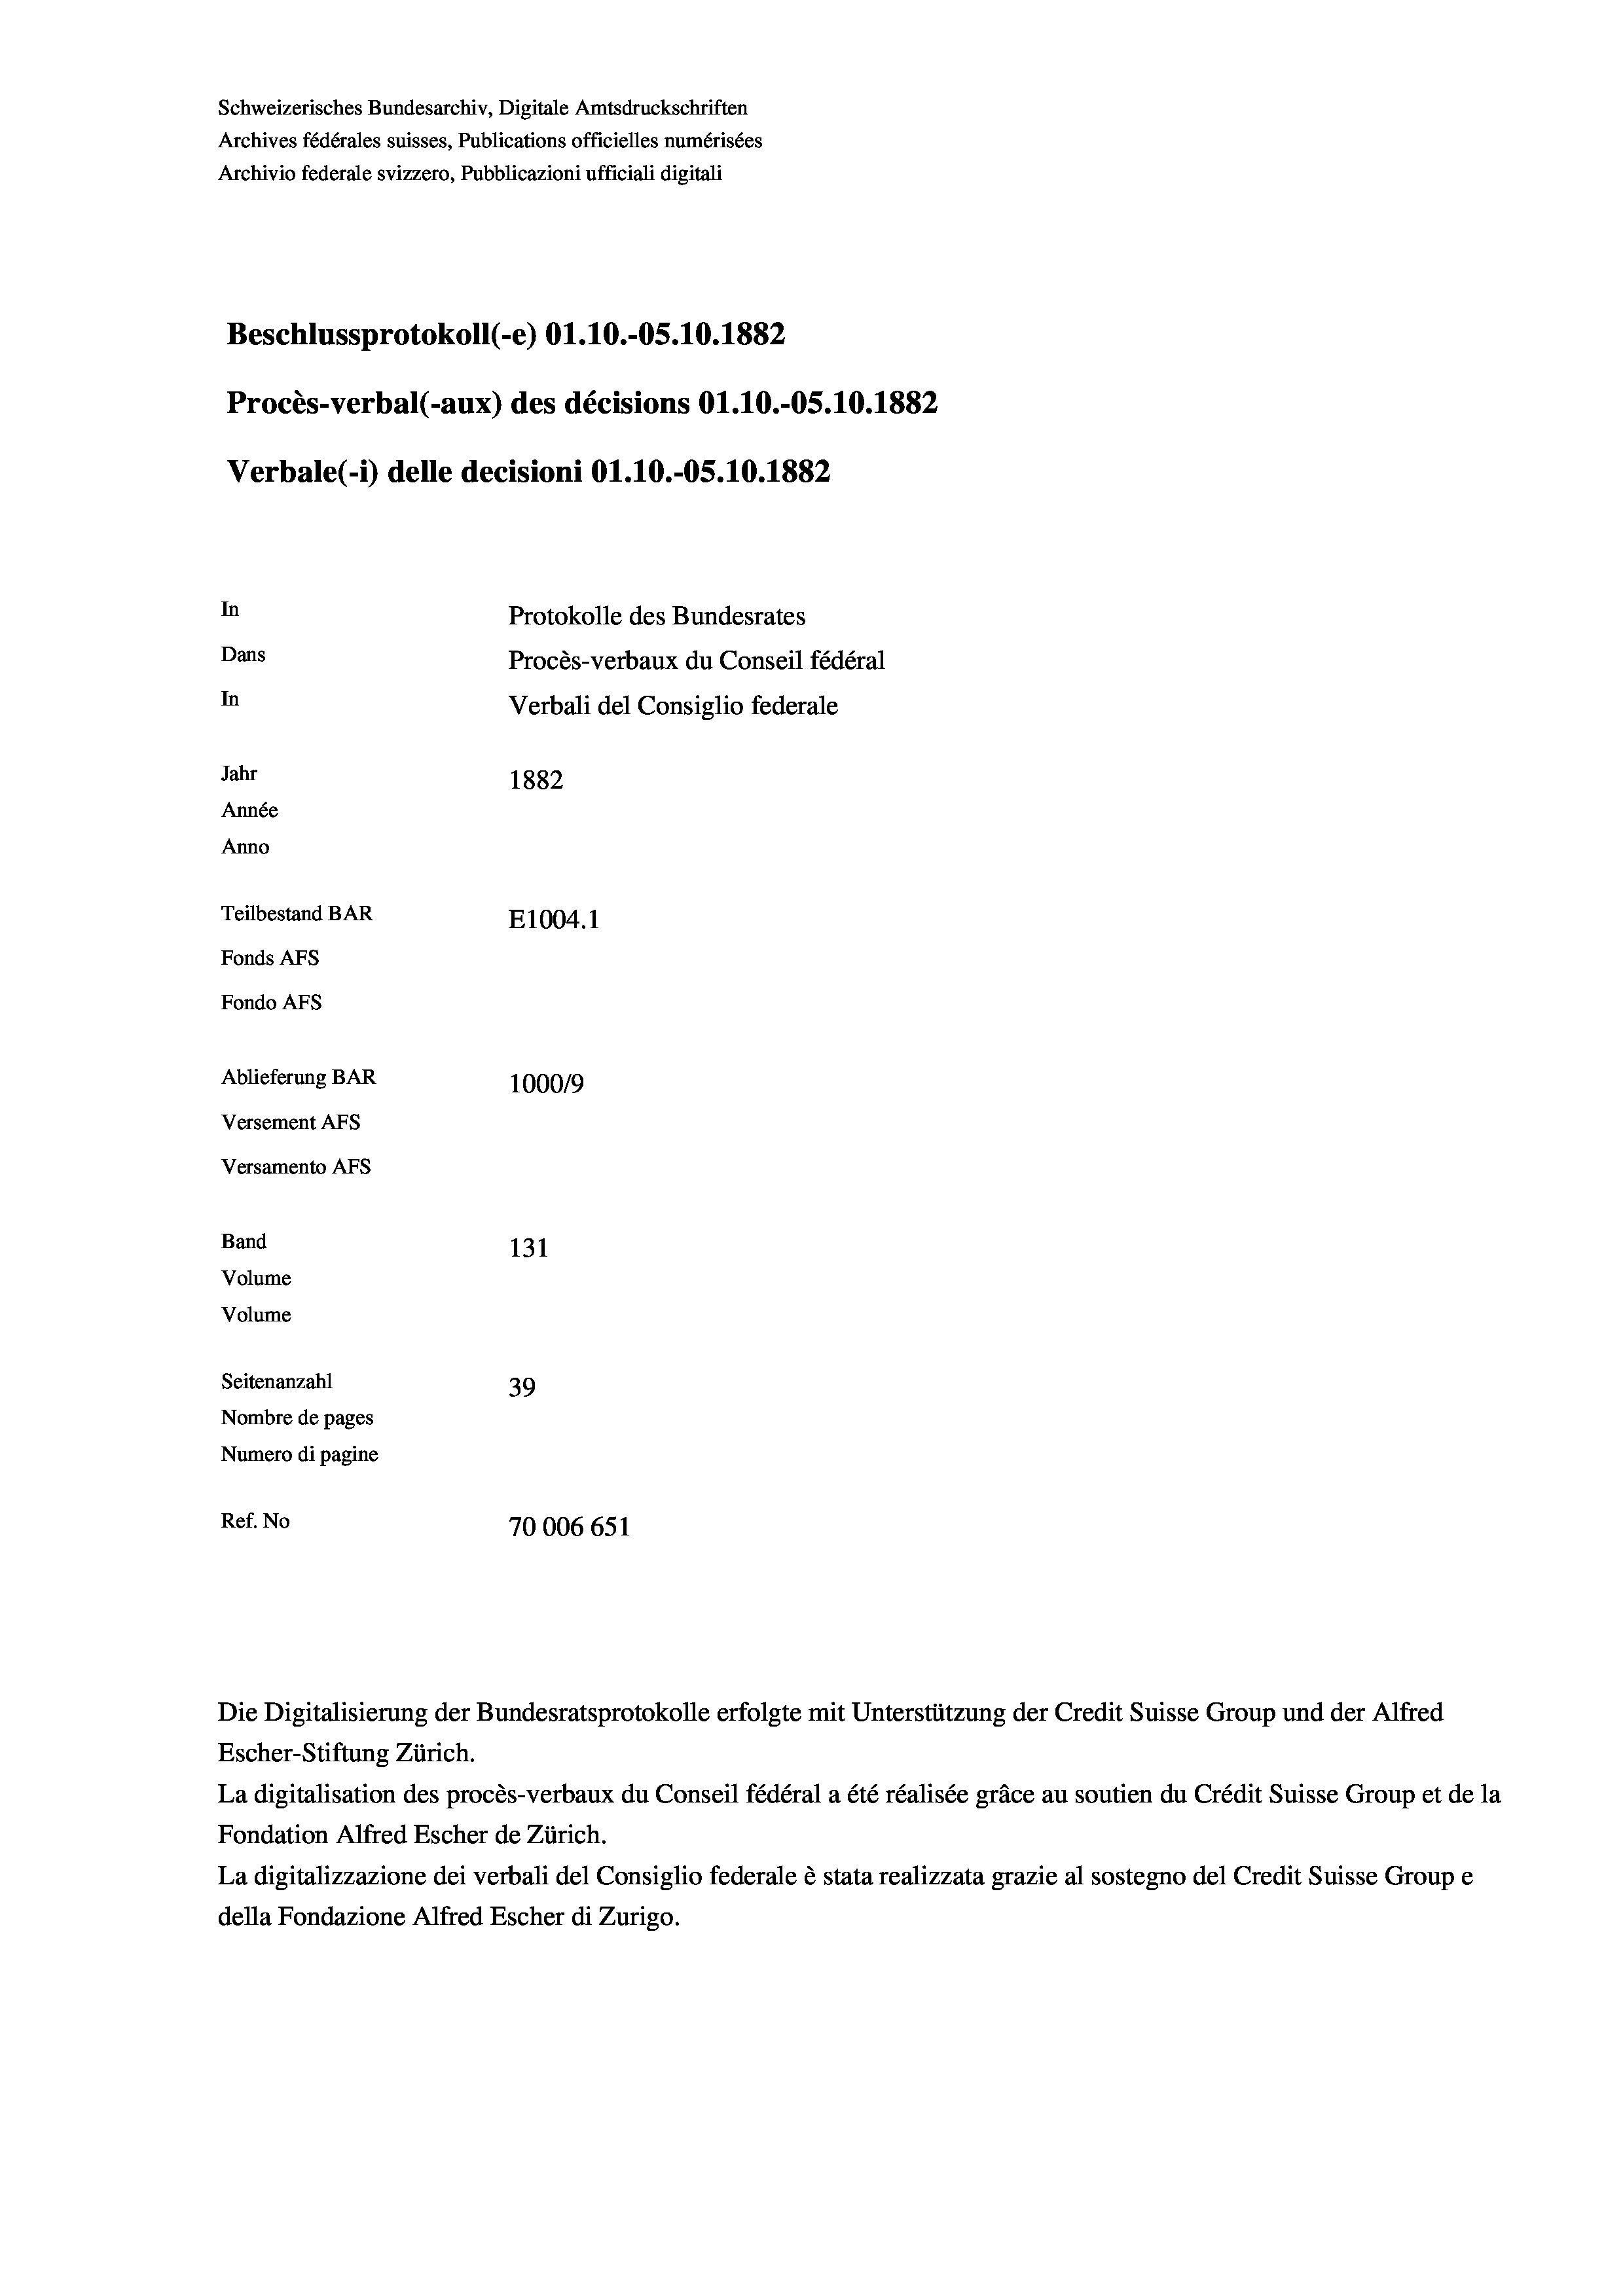
Schweizerisches Bundesarchiv, Digitale Amtsdruckschriften
Archives fédérales suisses, Publications officielles numérisées
Archivio federale svizzero, Pubblicazioni ufficiali digitali
Beschlussprotokoll (e) O1.10.-OS. 10. 1882
Procès-verbal (-aux) des décisions O1.10.-OS.10.1882
Verbale(-*) delle decisioni O1.10.-O5.10.1882
In
Protokolle des Bundesrates
Dans
Procès-verbaux du Conseil fédéral
In
Verbali del Consiglio federale
Jahr
1882
Année
Anno
Teilbestand BAR
E1004. 1
Fonds AFs
Fondo AFS
Ablieferung BAR
100019
Versement AFs
Versamento Afs
Band
131
Volume
Volume
Seitenanzahl
39
Nombre de pages
Numero di pagine
Ref. No
70006 651

Escher-Stiftung Zürich.
La digitalisation des procès-verbaux du Conseil fédéral a été réalisée gräce au soutien du Crédit Suisse Group et de la
Fondation Alfred Escher de Zürich.
La digitalizzazione dei verbali del Consiglio federale è stata realizzata grazie al sostegno del Credit Suisse Groupe
della Fondazione Alfred Escher di Zurigo.

Die Digitalisierung der Bundesratsprotokolle erfolgte mit Unterstützung der Credit Suisse Group und der Alfred